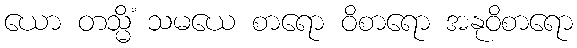
ယော တသ္မိံ သမယေ စာရော ဝိစာရော အနုဝိစာရော